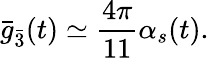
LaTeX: {\bar{g}}_{\bar{3}}(t)\simeq{\frac{4\pi}{11}}\alpha_{s}(t).